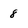
Character: 8